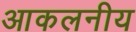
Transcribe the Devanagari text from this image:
आकलनीय